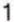
1